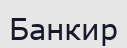
Банкир